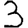
Digit: 3